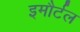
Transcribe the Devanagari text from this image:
इमौर्टल